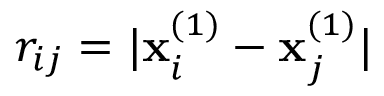
r _ { i j } = | \mathbf { x } _ { i } ^ { ( 1 ) } - \mathbf { x } _ { j } ^ { ( 1 ) } |